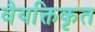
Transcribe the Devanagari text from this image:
वैयक्तिकृत